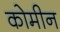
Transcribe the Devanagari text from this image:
कोमीन